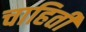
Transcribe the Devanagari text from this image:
चाहिती